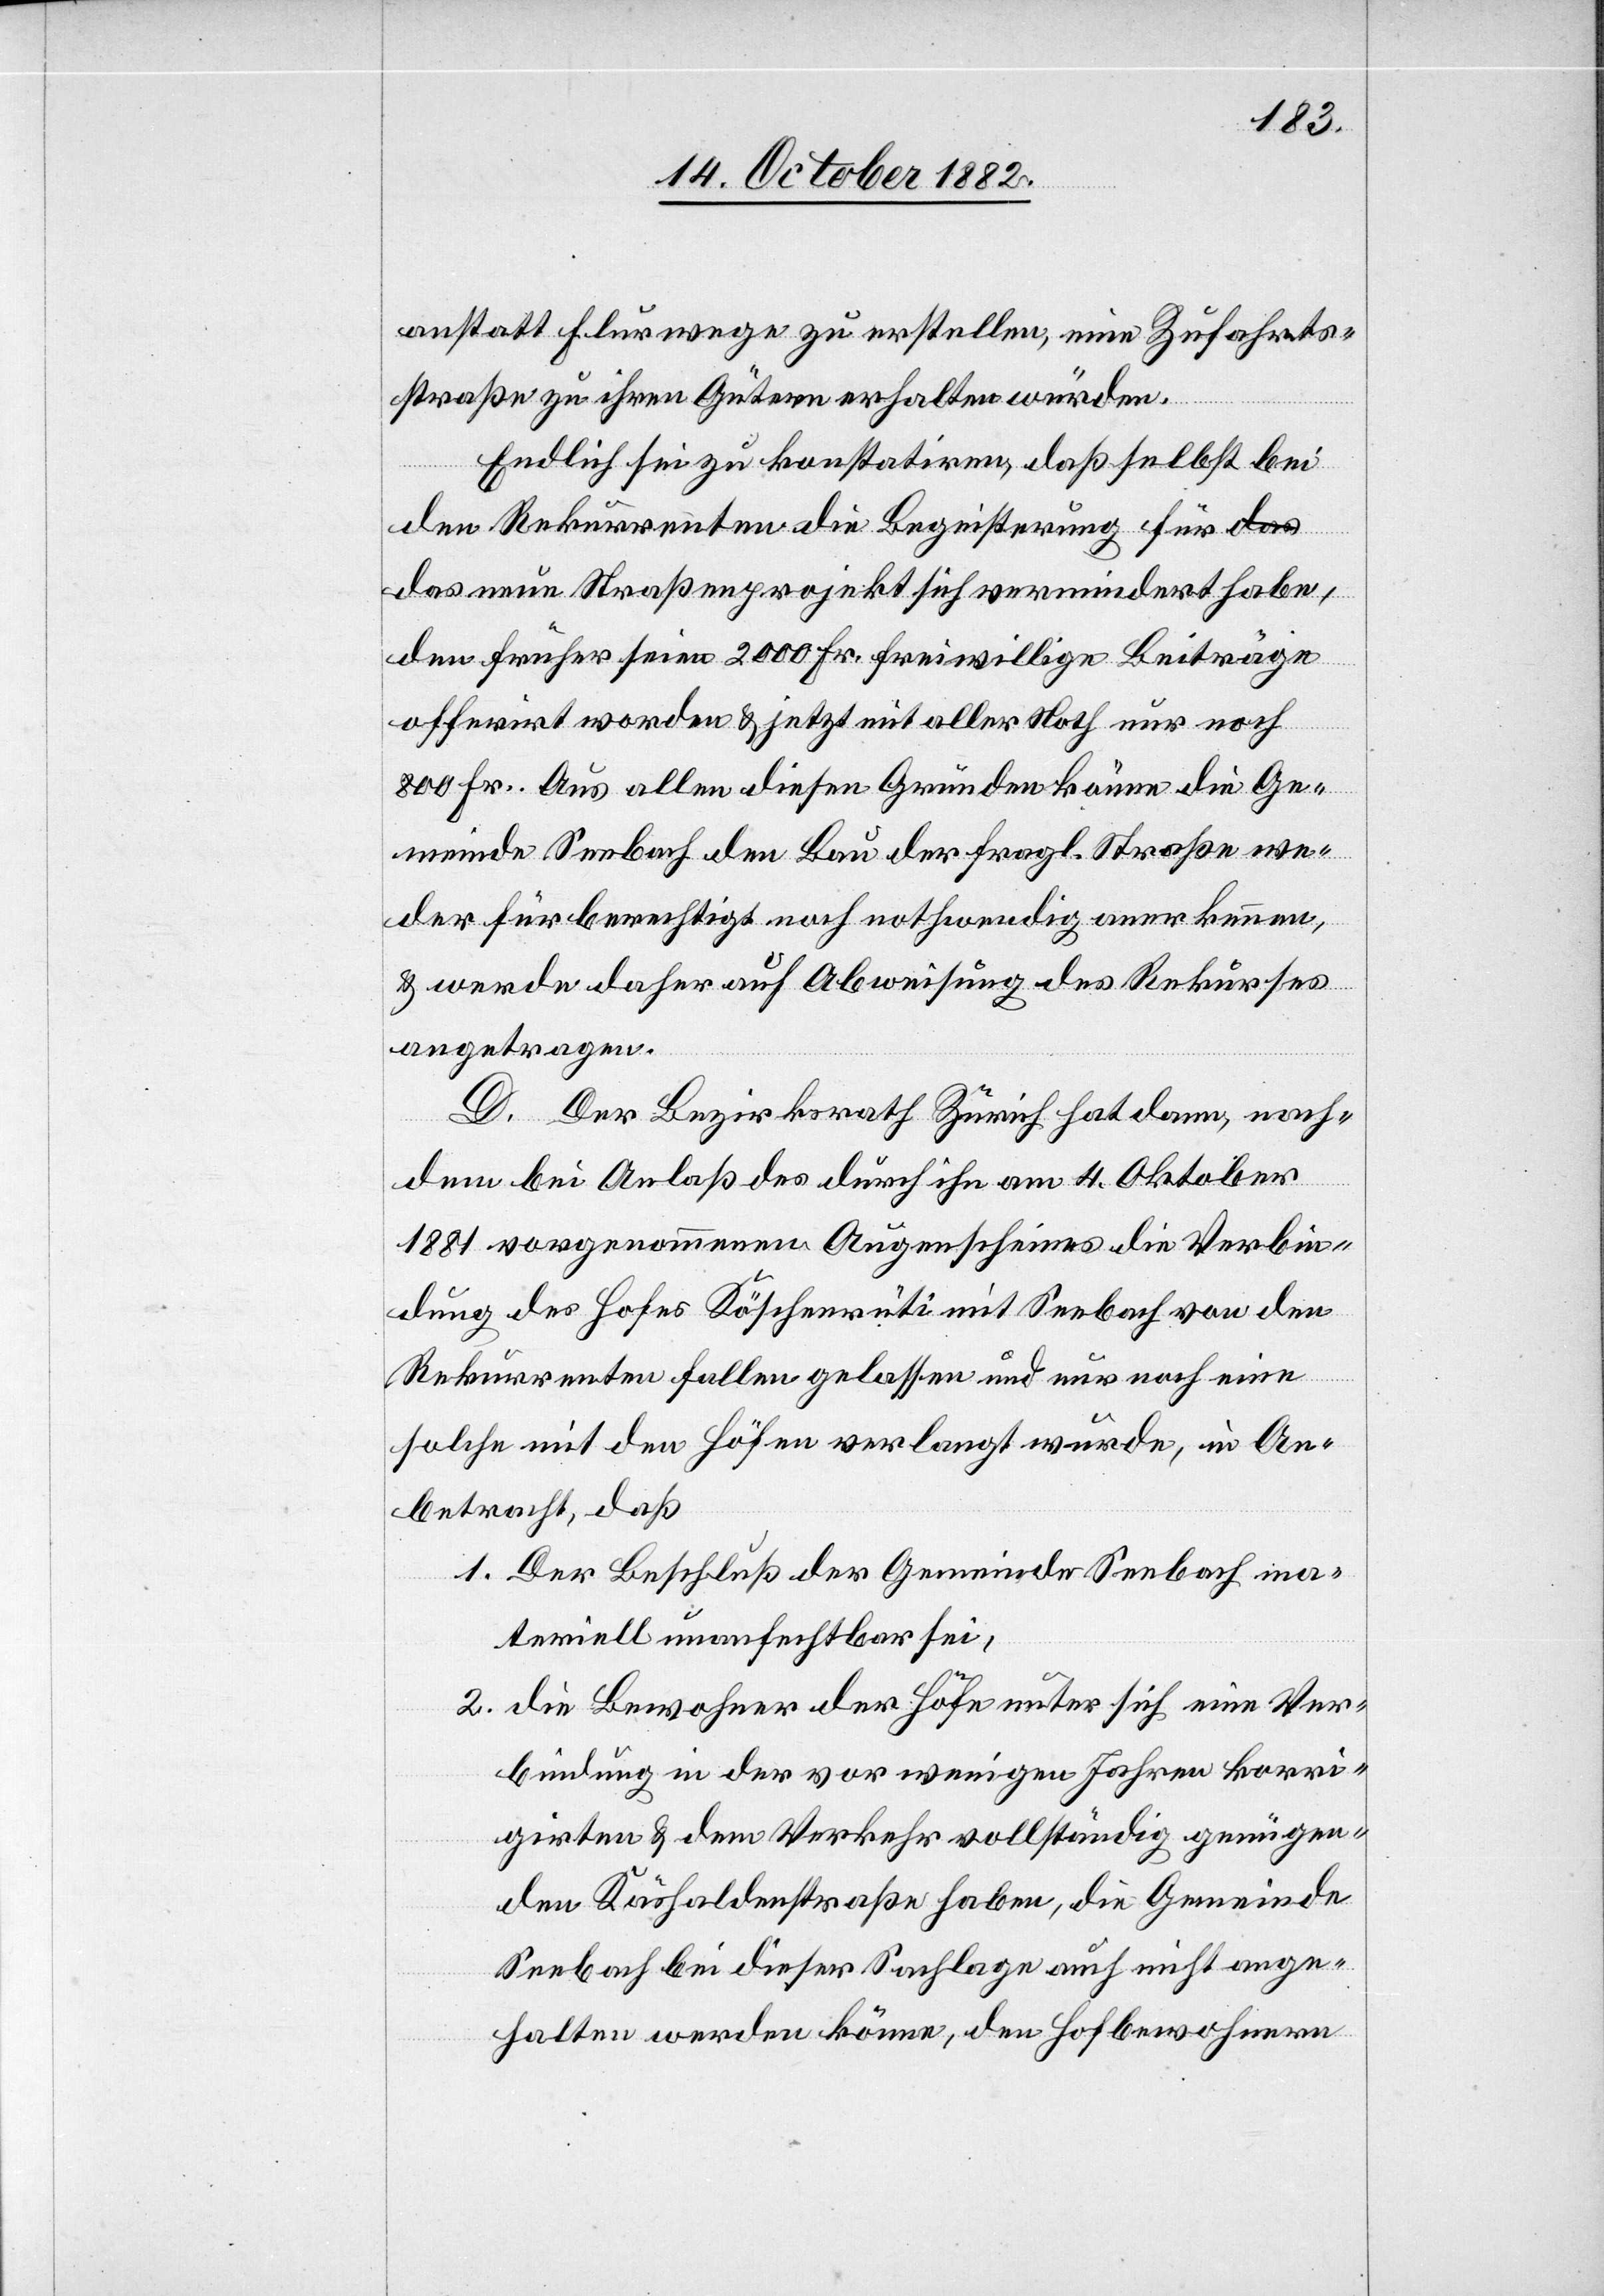
anstatt Flurwege zu erstellen, eine Zufahrts¬
straße zu ihren Gütern erhalten würden.
Endlich sei zu konstatiren, daß selbst bei
den Rekurrenten die Begeisterung für d¬
as neue Straßenprojekt sich vermindert habe,
den[n] früher seien 2000 Fr. freiwillige Beiträge
offerirt worden & jetzt mit aller Noth nur noch
800 Fr. Aus allen diesen Gründen könne die Ge¬
meinde Seebach den Bau der fragl. Straße we¬
der für berechtigt noch nothwendig anerkennen,
& werde daher auf Abweisung des Rekurses
angetragen.
D.
Der Bezirksrath Zürich hat dann, nach¬
dem bei Anlaß des durch ihn am 4. Oktober
1881 vorgenommenen Augenscheines die Verbin¬
dung des Hofes Köschenrüti mit Seebach von den
Rekurrenten fallen gelassen und nur noch eine
solche mit den Höfen verlangt wurde, in An¬
betracht, daß
1. Der Beschluß der Gemeinde Seebach ma¬
teriell unanfechtbar sei,
2. Die Bewohner der Höfe unter sich eine Ver¬
bindung in der vor wenigen Jahren korri¬
girten & dem Verkehr vollständig genügen¬
den Käshaldenstraße haben, die Gemeinde
Seebach bei dieser Sachlage auch nicht ange¬
halten werden könne, den Hofbewohnern